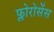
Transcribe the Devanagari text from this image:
फ्लोरोसेंस